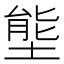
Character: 𭏙